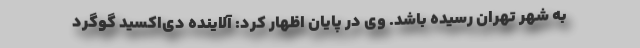
به شهر تهران رسیده باشد. وی در پایان اظهار کرد: آلاینده دی‌اکسید گوگرد